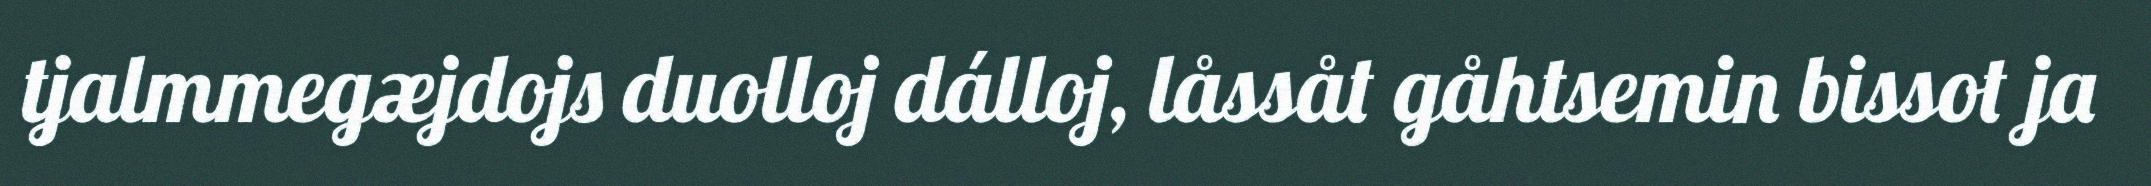
tjalmmegæjdojs duolloj dálloj, låssåt gåhtsemin bissot ja